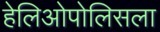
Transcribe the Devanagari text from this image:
हेलिओपोलिसला